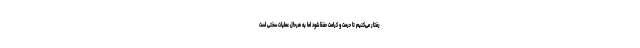
رفتار می‌کنیم تا حرمت و کرامت حفظ شود اما به هرحال عملیات سختی است